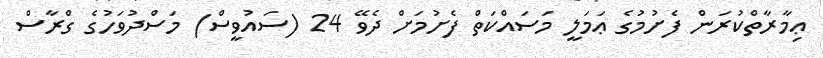
ޢިމާރާތްކުރަން ފެށުމުގެ ޢަމަލީ މަސައްކަތް ފެށުމަށް ދެވޭ 24 (ސައުވީސް) މަސްދުވަހުގެ ގްރާސް